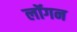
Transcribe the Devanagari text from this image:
लॉगन